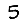
Digit: 5